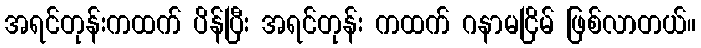
အရင်တုန်းကထက် ပိန်ပြီး အရင်တုန်း ကထက် ဂနာမငြိမ် ဖြစ်လာတယ်။